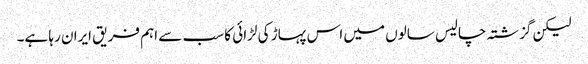
لیکن گزشتہ چالیس سالوں میں اس پہاڑ کی لڑائی کا سب سے اہم فریق ایران رہا ہے۔